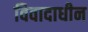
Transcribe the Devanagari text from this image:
विवादाधीन